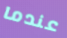
عندما